Vaccination in the Punjab 1919-1929 - 1919-1929
Year: 1919
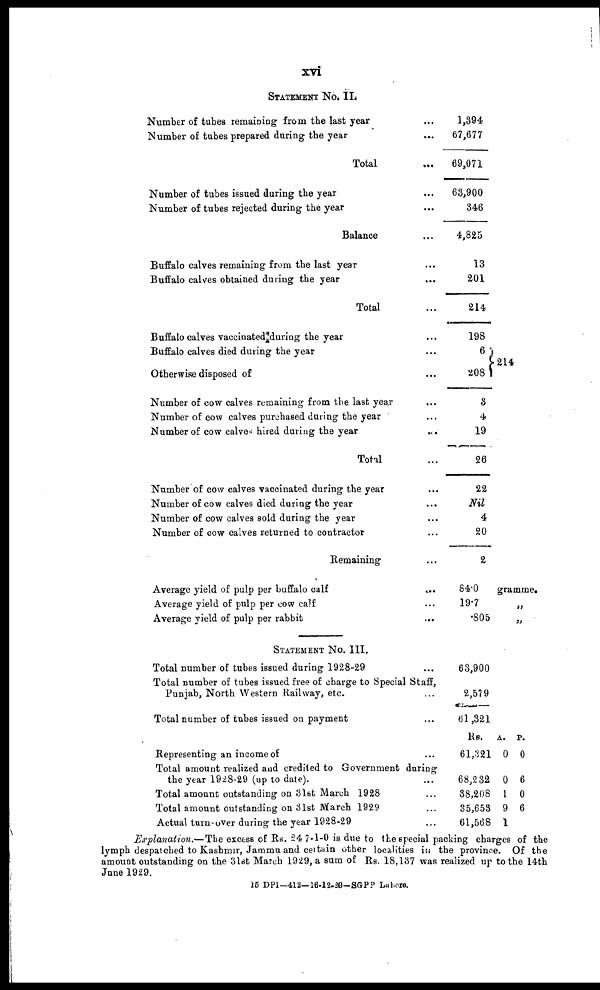
xvi
STATEMENT No. II.
Number of tubes remaining from the last year ...
Number of tubes prepared during the year ...
Total ...
Number of tubes issued during the year ...
Number of tubes rejected during the year ...
Balance ...
Buffalo calves remaining from the last year ...
Buffalo calves obtained during the year ...
Total ...
Buffalo calves vaccinated during the year ...
Buffalo calves died during the year ...
Otherwise disposed of ...
Number of cow calves remaining from the last year ...
Number of cow calves purchased during the year ...
Number of cow calves hired during the year
...
Total ...
Number of cow calves vaccinated during the year ...
Number of cow calves died during the year ...
Number of cow calves sold during the year ...
Number of cow calves returned to contractor ...
Remaining ...
Average yield of pulp per buffalo calf ...
Average yield of pulp per cow calf ...
Average yield of pulp per rabbit ...
STATEMENT No. III.
Total number of tubes issued during 1928-29 ...
Total number of tubes issued free of charge to Special Staff,
Punjab, North Western Railway, etc. ...
Total number of tubes issued on payment ...
Representing an income of ...
Total amount realized and credited to Government during
the year 1928-29 (up to date). ...
Total amount outstanding on 31st March 1928 ...
Total amount outstanding on 31st March 1929 ...
Actual turn-over during the year 1928-29 ...
1,394
67,677
69,071
63,900
346
4,825
13
201
214
198
6
208
3
4
19
26
22
Nil
4
20
2
84.0
19.7
.805
63,900
2,579
61,321
Rs.
61,321
68,232
38,208
35,653
61,568
214
gramme.
„
„
A.
0
0
1
9
1
P.
0
6
0
6
Explanation.— The excess of Rs. 247-1-0 is due to the special packing charges of the
lymph despatched to Kashmir, Jammu and certain other localities in the province. Of the
amount outstanding on the 31st March 1929, a sum of Rs, 18,137 was realized up to the 14th
June 1929.
15 DPI—412—16-12-29—SGPP Lahore.